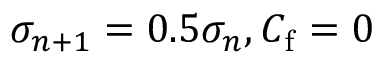
\sigma _ { n + 1 } = 0 . 5 \sigma _ { n } , C _ { \mathrm { f } } = 0